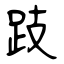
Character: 跂